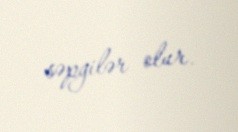
səpgilər olur.